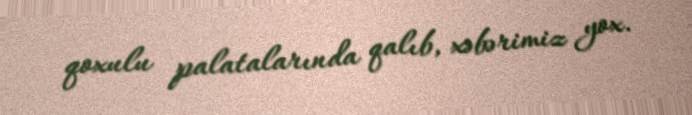
qoxulu palatalarında qalıb, xəbərimiz yox.